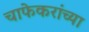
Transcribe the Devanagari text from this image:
चाफेकरांच्या